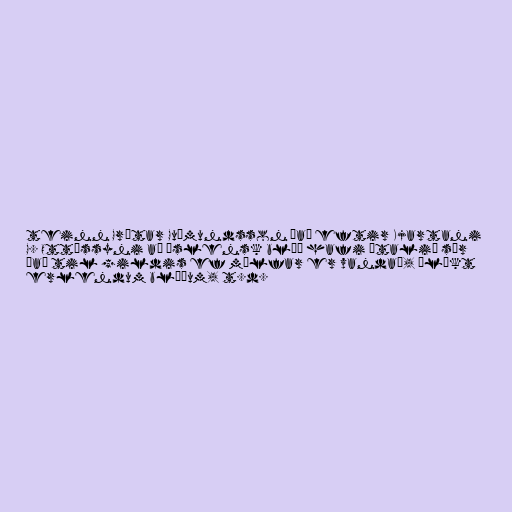
teinn Grétar Guðmundsson það eftir Kjartani
G. Ottóssyni að íslensk blöð hafi „talið sér
það til gildis ef málfar er vandað, ólíkt
erlendum blöðum, t.d.